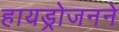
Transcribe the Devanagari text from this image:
हायड्रोजनने